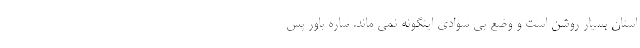
استان بسیار روشن است و وضع بی سوادی اینگونه نمی ماند. ساره باور پس